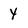
Character: y